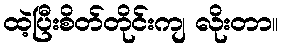
ထဲ့ပြီးစိတ်တိုင်းကျ လိုးတာ။